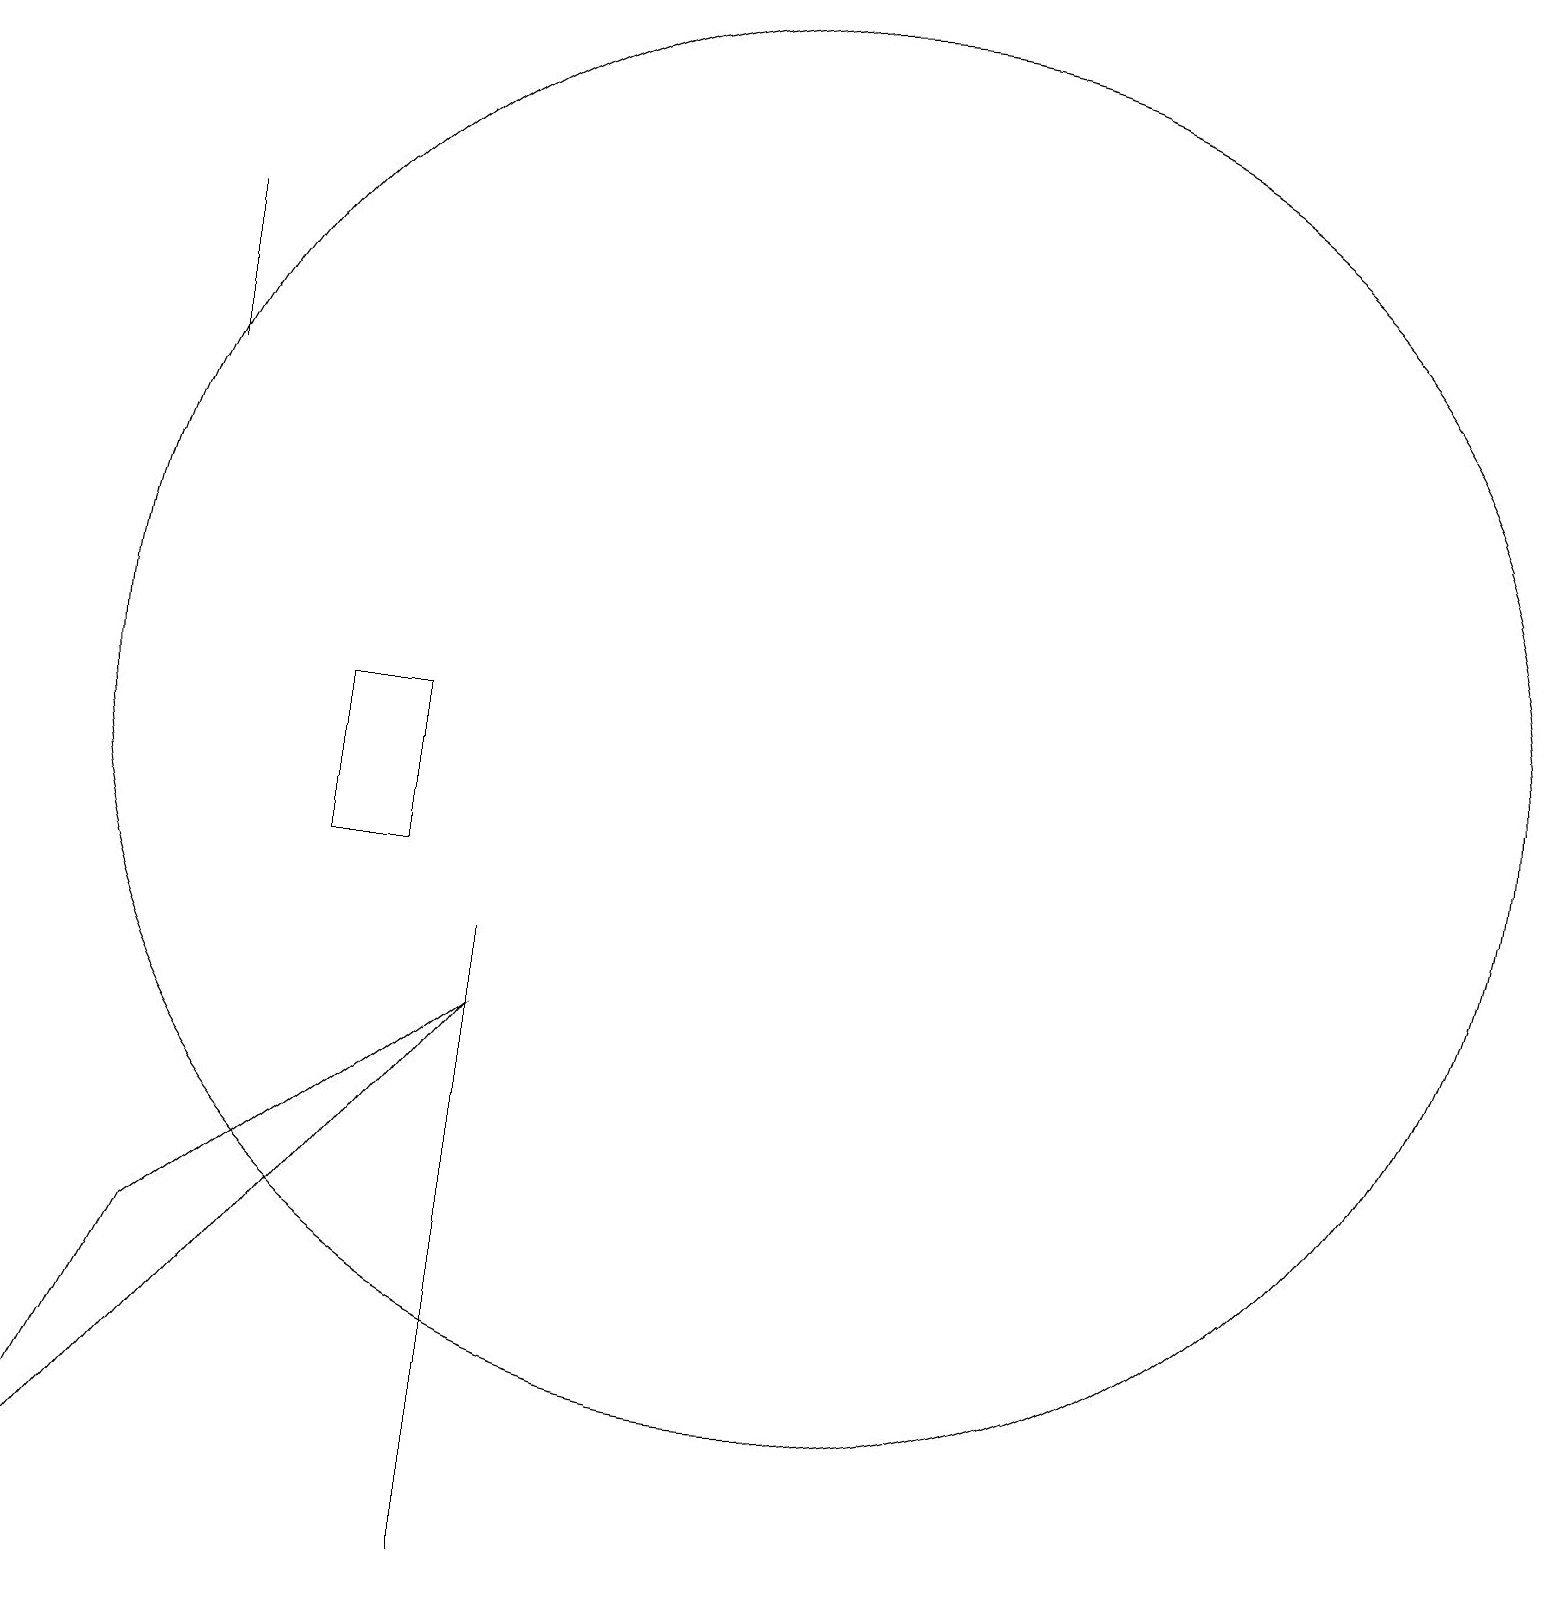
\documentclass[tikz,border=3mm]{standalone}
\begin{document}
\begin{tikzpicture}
\draw (2,18) rectangle (2,16);
\draw (5,10) rectangle (4,12);
\draw (6,8) -- (0,1) -- (2,5) -- cycle;
\draw (6,1) -- (6,9) -- (6,7) -- cycle;
\draw (10,12) circle (9);
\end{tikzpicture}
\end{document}